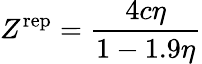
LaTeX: Z^{\mathrm{{rep}}}={\frac{4c\eta}{1-1.9\eta}}